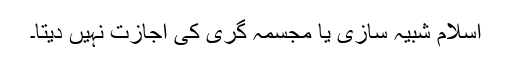
اسلام شبیہ سازی یا مجسمہ گری کی اجازت نہیں دیتا۔